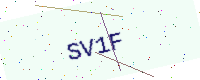
Text: SV1F